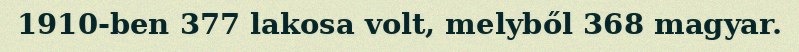
1910-ben 377 lakosa volt, melyből 368 magyar.